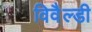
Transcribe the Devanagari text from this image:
विवैल्डी